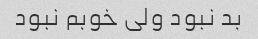
بد نبود ولی خوبم نبود